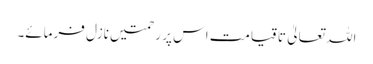
اللہ تعالیٰ تاقیامت اس پر رحمتیں نازل فرمائے۔